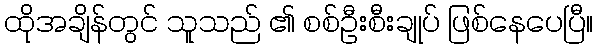
ထိုအချိန်တွင် သူသည် ၏ စစ်ဦးစီးချုပ် ဖြစ်နေပေပြီ။